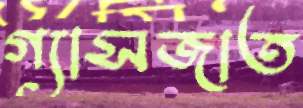
গ্যাসজাত